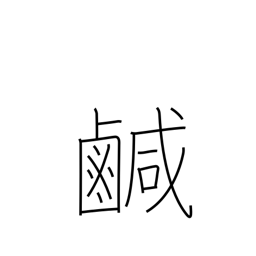
Meaning: salty